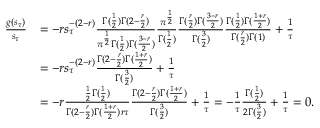
\begin{array} { r l } { \frac { g ( s _ { \tau } ) } { s _ { \tau } } } & { = - r s _ { \tau } ^ { - ( 2 - r ) } \frac { \Gamma ( \frac 1 2 ) \Gamma ( 2 - \frac { r } { 2 } ) } { \pi ^ { \frac { 1 } { 2 } } \Gamma ( \frac 1 2 ) \Gamma ( \frac { 3 - r } { 2 } ) } \frac { \pi ^ { \frac { 1 } { 2 } } } { \Gamma ( \frac 1 2 ) } \frac { \Gamma ( \frac { r } { 2 } ) \Gamma ( \frac { 3 - r } { 2 } ) } { \Gamma ( \frac 3 2 ) } \frac { \Gamma ( \frac 1 2 ) \Gamma ( \frac { 1 + r } { 2 } ) } { \Gamma ( \frac { r } { 2 } ) \Gamma ( 1 ) } + \frac 1 \tau } \\ & { = - r s _ { \tau } ^ { - ( 2 - r ) } \frac { \Gamma ( 2 - \frac { r } { 2 } ) \Gamma ( \frac { 1 + r } { 2 } ) } { \Gamma ( \frac 3 2 ) } + \frac 1 \tau } \\ & { = - r \frac { \frac { 1 } { 2 } \Gamma ( \frac 1 2 ) } { \Gamma ( 2 - \frac { r } { 2 } ) \Gamma ( \frac { 1 + r } { 2 } ) r \tau } \frac { \Gamma ( 2 - \frac { r } { 2 } ) \Gamma ( \frac { 1 + r } { 2 } ) } { \Gamma ( \frac 3 2 ) } + \frac 1 \tau = - \frac 1 \tau \frac { \Gamma ( \frac 1 2 ) } { 2 \Gamma ( \frac 3 2 ) } + \frac 1 \tau = 0 . } \end{array}